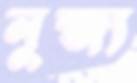
নুব্জ্য